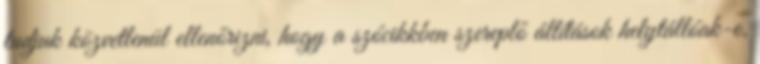
tudjuk közvetlenül ellenőrizni, hogy a szócikkben szereplő állítások helytállóak-e.